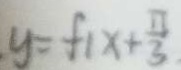
y = f _ { 1 } x + \frac { \pi } { 3 }